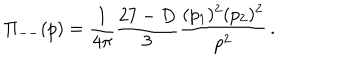
\displaystyle { \Pi _ { -- } ( p ) } = \displaystyle { \frac { 1 } { 4 \pi } \frac { 2 7 - D } { 3 } \frac { ( p _ { 1 } ) ^ { 2 } ( p _ { 2 } ) ^ { 2 } } { p ^ { 2 } } \, . }